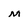
Character: m